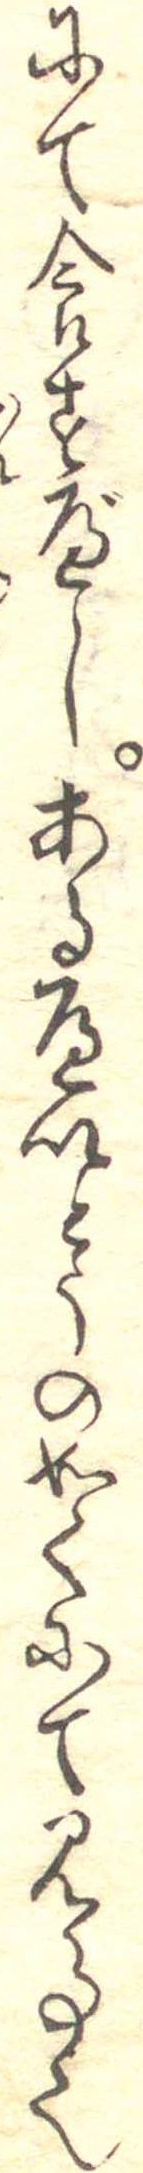
にて食すべしあるへいとうの如くにて見事也